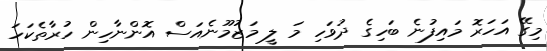
މިގޭ އަހަރޮ މައިފުނެ ބަހިގެ ދުވަހި މަ ލީ މަޒުމޫނެއަސް އޮންނާހިން ހުރާތެކަހަ